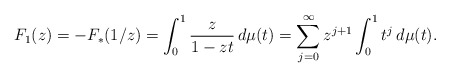
\begin{align*}F_1(z)=-F_*(1/z)= \int_0^1\frac{z}{1-zt}\,d\mu(t) = \sum_{j=0}^\infty z^{j+1}\int_0^1t^j\,d\mu(t).\end{align*}